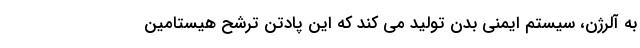
به آلرژن، سیستم ایمنی بدن تولید می کند که این پادتن ترشح هیستامین